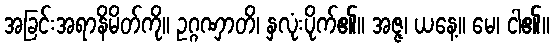
အခြင်းအရာနိမိတ်ကို။ ဥဂ္ဂဏှာတိ၊ နှလုံးပိုက်၏။ အဇ္ဇ၊ ယနေ့။ မေ၊ ငါ၏။